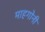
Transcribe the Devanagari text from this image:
माहगोनी